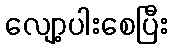
လျော့ပါးစေပြီး